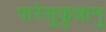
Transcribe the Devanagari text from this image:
पारेसुकुन्नानु